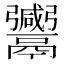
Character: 𱆒